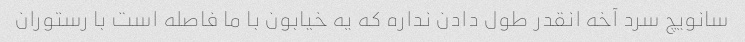
سانویچ سرد آخه انقدر طول دادن نداره که یه خیابون با ما فاصله است با رستوران